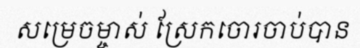
សម្រេចម្ចាស់ ស្រែកចោរចាប់បាន